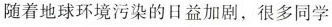
随着地球环境污染的日益加剧，很多同学